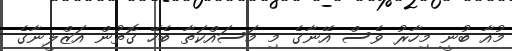
މުއާ ބުނީ މިހާރު ވެސް އޭނާގެ މި މަސައްކަތާ ބެހޭ ގޮތުން އަޒްލީނާގެ